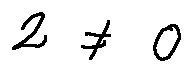
2 \neq 0